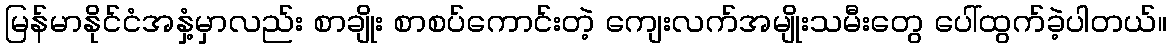
မြန်မာနိုင်ငံအနှံ့မှာလည်း စာချိုး စာစပ်ကောင်းတဲ့ ကျေးလက်အမျိုးသမီးတွေ ပေါ်ထွက်ခဲ့ပါတယ်။